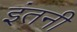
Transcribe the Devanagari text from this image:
इंतनी